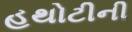
હથોટીની